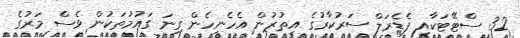
32 ސްޓޭޓަކާއި ފެޑެރަލް ސަރުކާރުގެ އިތުރުން އެހެނިހެން ގިނަ ގައުމުތަކުން ވެސް މަރުގެ